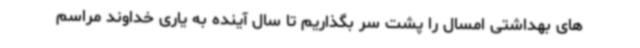
های بهداشتی امسال را پشت سر بگذاریم تا سال آینده به یاری خداوند مراسم